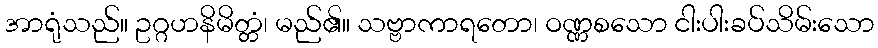
အာရုံသည်။ ဥဂ္ဂဟနိမိတ္တံ၊ မည်၏။ သဗ္ဗာကာရတော၊ ဝဏ္ဏစသော ငါးပါးခပ်သိမ်းသော